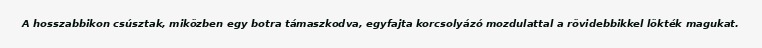
A hosszabbikon csúsztak, miközben egy botra támaszkodva, egyfajta korcsolyázó mozdulattal a rövidebbikkel lökték magukat.